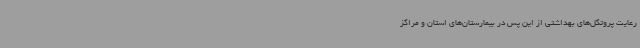
رعایت پروتکل‌های بهداشتی از این پس در بیمارستان‌های استان و مراکز